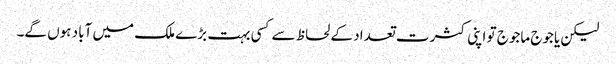
لیکن یاجوج ماجوج تو اپنی کثرت تعداد کے لحاظ سےکسی بہت بڑے ملک میں آباد ہوں گے۔